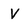
Character: v